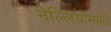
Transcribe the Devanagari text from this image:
नेल्लियाम्पति